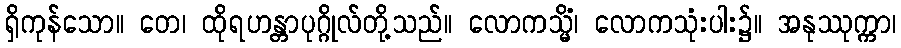
ရှိကုန်သော။ တေ၊ ထိုရဟန္တာပုဂ္ဂိုလ်တို့သည်။ လောကသ္မိံ၊ လောကသုံးပါး၌။ အနုဿုက္ကာ၊